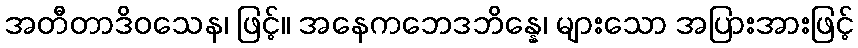
အတီတာဒိဝသေန၊ ဖြင့်။ အနေကဘေဒဘိန္နေ၊ များသော အပြားအားဖြင့်